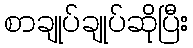
စာချုပ်ချုပ်ဆိုပြီး